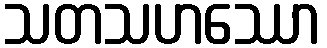
သတသဟဿော